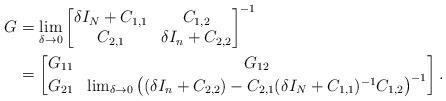
LaTeX: \begin{align*} G &=\lim_{\delta \to 0} \begin{bmatrix} {\delta I_{N} + C_{1,1}} & {C_{1,2}}\\ {C_{2,1}} & \delta I_{n} + {C_{2,2}} \end{bmatrix}^{-1}\\ &= \begin{bmatrix} G_{11} & G_{12}\\ G_{21} & \lim_{\delta \to 0}\big((\delta I_{n} + {C_{2,2}}) - {C_{2,1}}(\delta I_{N} + C_{1,1})^{-1}{C_{1,2}}\big)^{-1} \end{bmatrix}. \end{align*}